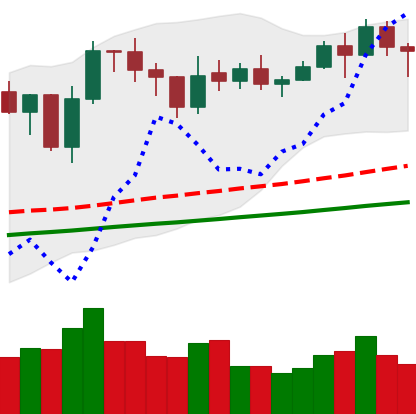
Ticker: LINK-USD
Chart end date: 2021-02-07
Forward return: 23.601%
Label: up_7plus